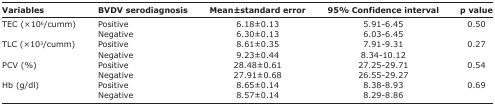
<table><thead><tr><td><b>Variables</b></td><td><b>BVDV serodiagnosis</b></td><td><b>Mean±standard error</b></td><td><b>95% Confidence interval</b></td><td><b>p value</b></td></tr></thead><tbody><tr><td rowspan="2">TEC (×10<sup>6</sup>/cumm)</td><td>Positive</td><td>6.18±0.13</td><td>5.91-6.45</td><td rowspan="2">0.50</td></tr><tr><td>Negative</td><td>6.30±0.13</td><td>6.03-6.45</td></tr><tr><td rowspan="2">TLC (×10<sup>3</sup>/cumm)</td><td>Positive</td><td>8.61±0.35</td><td>7.91-9.31</td><td rowspan="2">0.27</td></tr><tr><td>Negative</td><td>9.23±0.44</td><td>8.34-10.12</td></tr><tr><td rowspan="2">PCV (%)</td><td>Positive</td><td>28.48±0.61</td><td>27.25-29.71</td><td rowspan="2">0.54</td></tr><tr><td>Negative</td><td>27.91±0.68</td><td>26.55-29.27</td></tr><tr><td rowspan="2">Hb (g/dl)</td><td>Positive</td><td>8.65±0.14</td><td>8.38-8.93</td><td rowspan="2">0.69</td></tr><tr><td>Negative</td><td>8.57±0.14</td><td>8.29-8.86</td></tr></tbody></table>